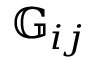
\mathbb { G } _ { i j }